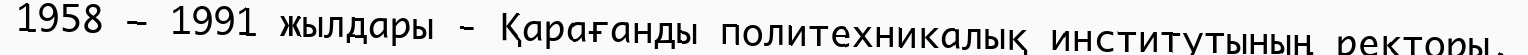
1958 — 1991 жылдары - Қарағанды политехникалық институтының ректоры.